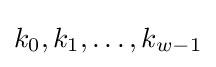
k_{0},k_{1},\dots ,k_{w-1}